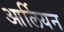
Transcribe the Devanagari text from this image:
आर्लियन